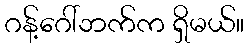
ဂန့်ဂေါ်ဘက်က ရှိမယ်။